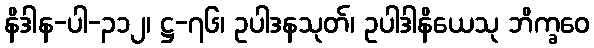
နိဒါန-ပါ-၃၁၂၊ ဋ္ဌ-၇၆၊ ဥပါဒနသုတ်၊ ဥပါဒါနိယေသု ဘိက္ခဝေ